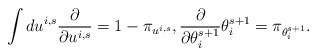
\begin{align*} \int d u^{i,s} \frac{\partial }{\partial u^{i,s}} = 1 - \pi_{u^{i,s}} ,\frac{\partial }{\partial \theta_i^{s+1}} \theta_i^{s+1} = \pi_{\theta_i^{s+1}} .\end{align*}